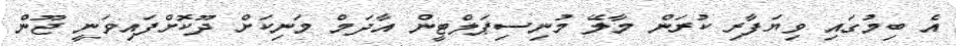
އެ ބިމުގައި ވިޔަފާރި ކުރަން މާލޭ މުނިސިޕަލްޓީން އާދަމް މަނިކަށް ދޫކޮށްފައިވަނީ ޖޫން